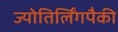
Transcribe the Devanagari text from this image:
ज्योतिर्लिंगपैकी